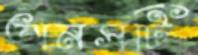
অনসটি